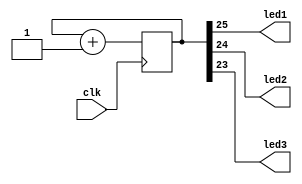
`timescale 1ns / 1ps
//////////////////////////////////////////////////////////////////////////////////
// Company: 
// Engineer: 
// 
// Design Name: 
// Module Name:    tst_led 
// Project Name: 
// Target Devices: 
// Tool versions: 
// Description: 
//
// Dependencies: 
//
// Revision: 
// Revision 0.01 - File Created
// Additional Comments: 
//
//////////////////////////////////////////////////////////////////////////////////
module tst_led(
	input wire clk,
  output wire led1,
  output wire led2,
  output wire led3
    );


reg [31:0] sch=0;

always @(posedge clk)
begin

	sch<=sch+1'd1;

end

assign led1 = sch [25];
assign led2 = sch [24];
assign led3 = sch [23];


endmodule